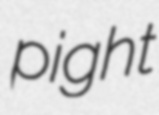
pight